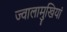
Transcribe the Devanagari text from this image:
ज्वालामुखियां